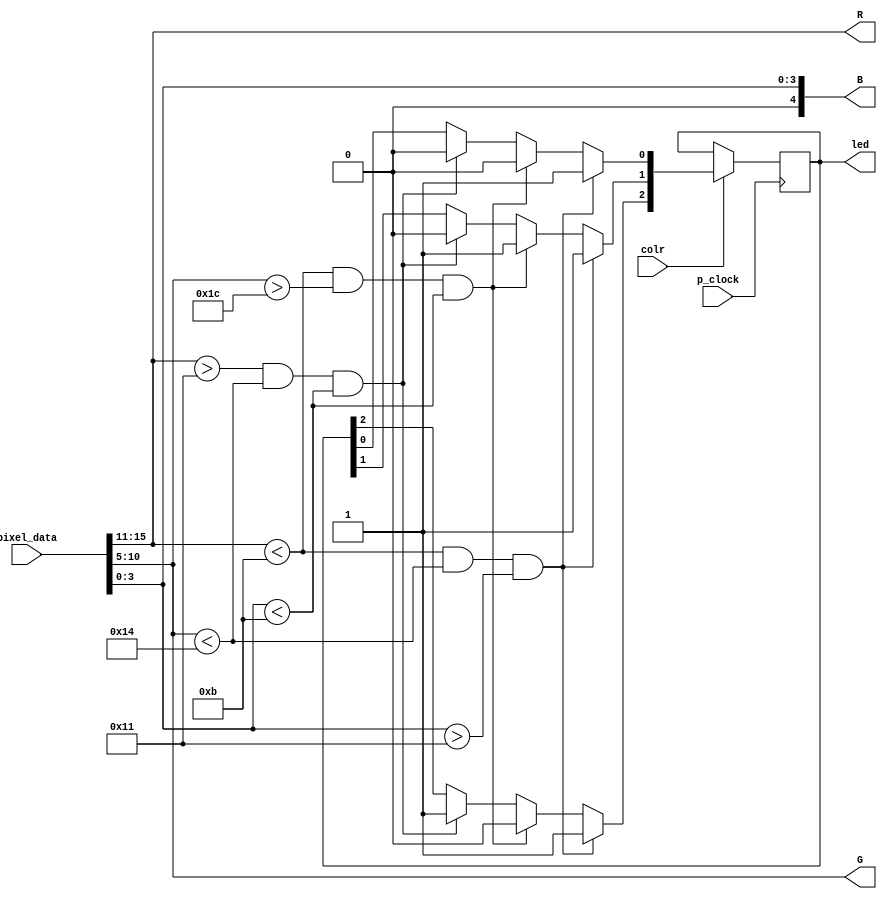
module color(
	 input p_clock,
	 input [15:0] pixel_data,
	 input colr,
	 output [4:0] R,
	 output [5:0] G,
	 output [4:0] B,
	 output [2:0] led
    );
	 
	 reg [2:0] y;
	 
	 always @(posedge p_clock)
    begin
	 if(colr)
	 begin
	 
	 if(R>17 && G<20 && B<11)
	 begin
	 y[2] = 1; // Color Rojo
	 y[1] = 0;
	 y[0] = 0;
	 end
	 
    if(R<11 && G>28 && B<11)
	 begin
	 y[1] = 1; // Color Verde
	 y[2] = 0;
	 y[0] = 0;
	 end
	 
    if(R<11 && G<20 && B>17)
	 begin
	 y[0] = 1; // Color Azul
	 y[1] = 0;
	 y[2] = 0;
	 end
	 
	 if(R<11 && G<20 && B>17) //Caso Default, color blanco
	 begin
	 y[0] = 1; // Color Azul
	 y[1] = 1; // Color Verde
	 y[2] = 1; // Color Rojo
	 end
	 end
	 end
	 
	 assign R = pixel_data[15:11];
	 assign G = pixel_data[10:5];
	 assign B = pixel_data[3:0];
	 assign led[0] = y[0];
    assign led[1] = y[1];
    assign led[2] = y[2];
    
endmodule